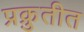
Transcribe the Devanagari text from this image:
प्रक्रुतीत